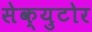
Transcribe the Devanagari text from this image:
सेक्युटोर